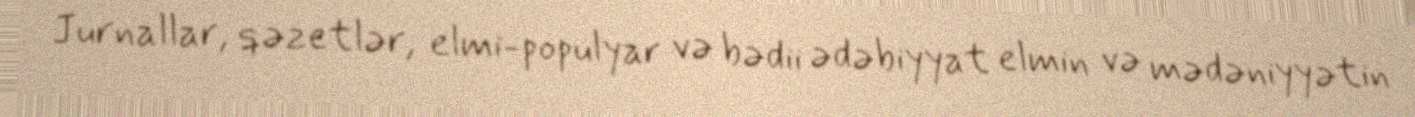
Jurnallar, qəzetlər, elmi-populyar və bədii ədəbiyyat elmin və mədəniyyətin